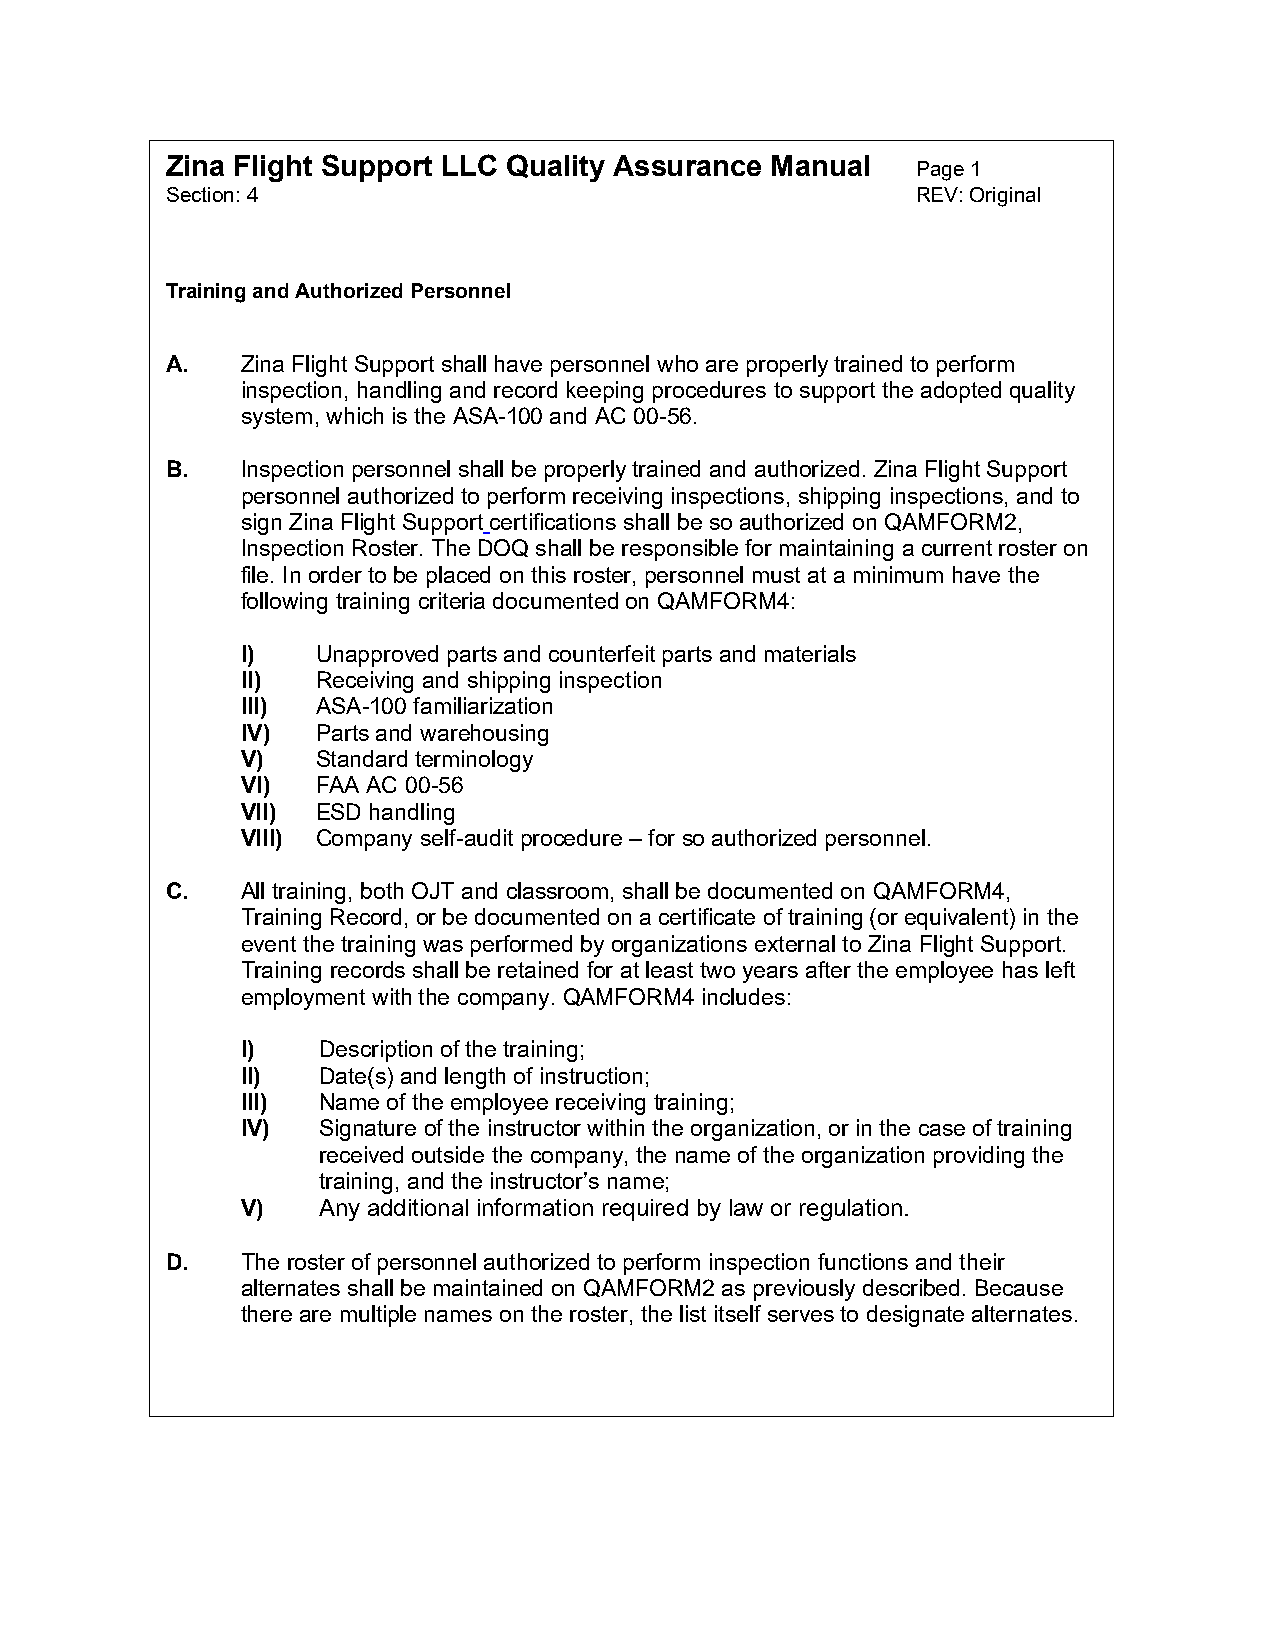
Zina Flight Support LLC Quality Assurance Manual  Page 1
 Section: 4                                        REV: Original
 Training and Authorized Personnel
 A.   Zina Flight Support shall have personnel who are properly trained to perform
 inspection, handling and record keeping procedures to support the adopted quality
 system, which is the ASA-100 and AC 00-56.
 B.   Inspection personnel shall be properly trained and authorized. Zina Flight Support
 personnel authorized to perform receiving inspections, shipping inspections, and to
 sign Zina Flight Support certifications shall be so authorized on QAMFORM2,
 Inspection Roster. The DOQ shall be responsible for maintaining a current roster on
 file. In order to be placed on this roster, personnel must at a minimum have the
 following training criteria documented on QAMFORM4:
 I)   Unapproved parts and counterfeit parts and materials
 II)  Receiving and shipping inspection
 III) ASA-100 familiarization
 IV)  Parts and warehousing
 V)   Standard terminology
 VI)  FAA AC 00-56
 VII) ESD handling
 VIII) Company self-audit procedure – for so authorized personnel.
 C.   All training, both OJT and classroom, shall be documented on QAMFORM4,
 Training Record, or be documented on a certificate of training (or equivalent) in the
 event the training was performed by organizations external to Zina Flight Support.
 Training records shall be retained for at least two years after the employee has left
 employment with the company. QAMFORM4 includes:
 I)   Description of the training;
 II)  Date(s) and length of instruction;
 III) Name of the employee receiving training;
 IV)  Signature of the instructor within the organization, or in the case of training
 received outside the company, the name of the organization providing the
 training, and the instructor’s name;
 V)   Any additional information required by law or regulation.
 D.   The roster of personnel authorized to perform inspection functions and their
 alternates shall be maintained on QAMFORM2 as previously described. Because
 there are multiple names on the roster, the list itself serves to designate alternates.